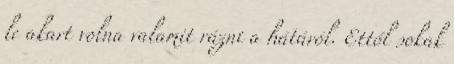
le akart volna valamit rázni a hátáról. Ettől sokak